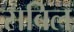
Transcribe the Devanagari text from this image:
सबिल